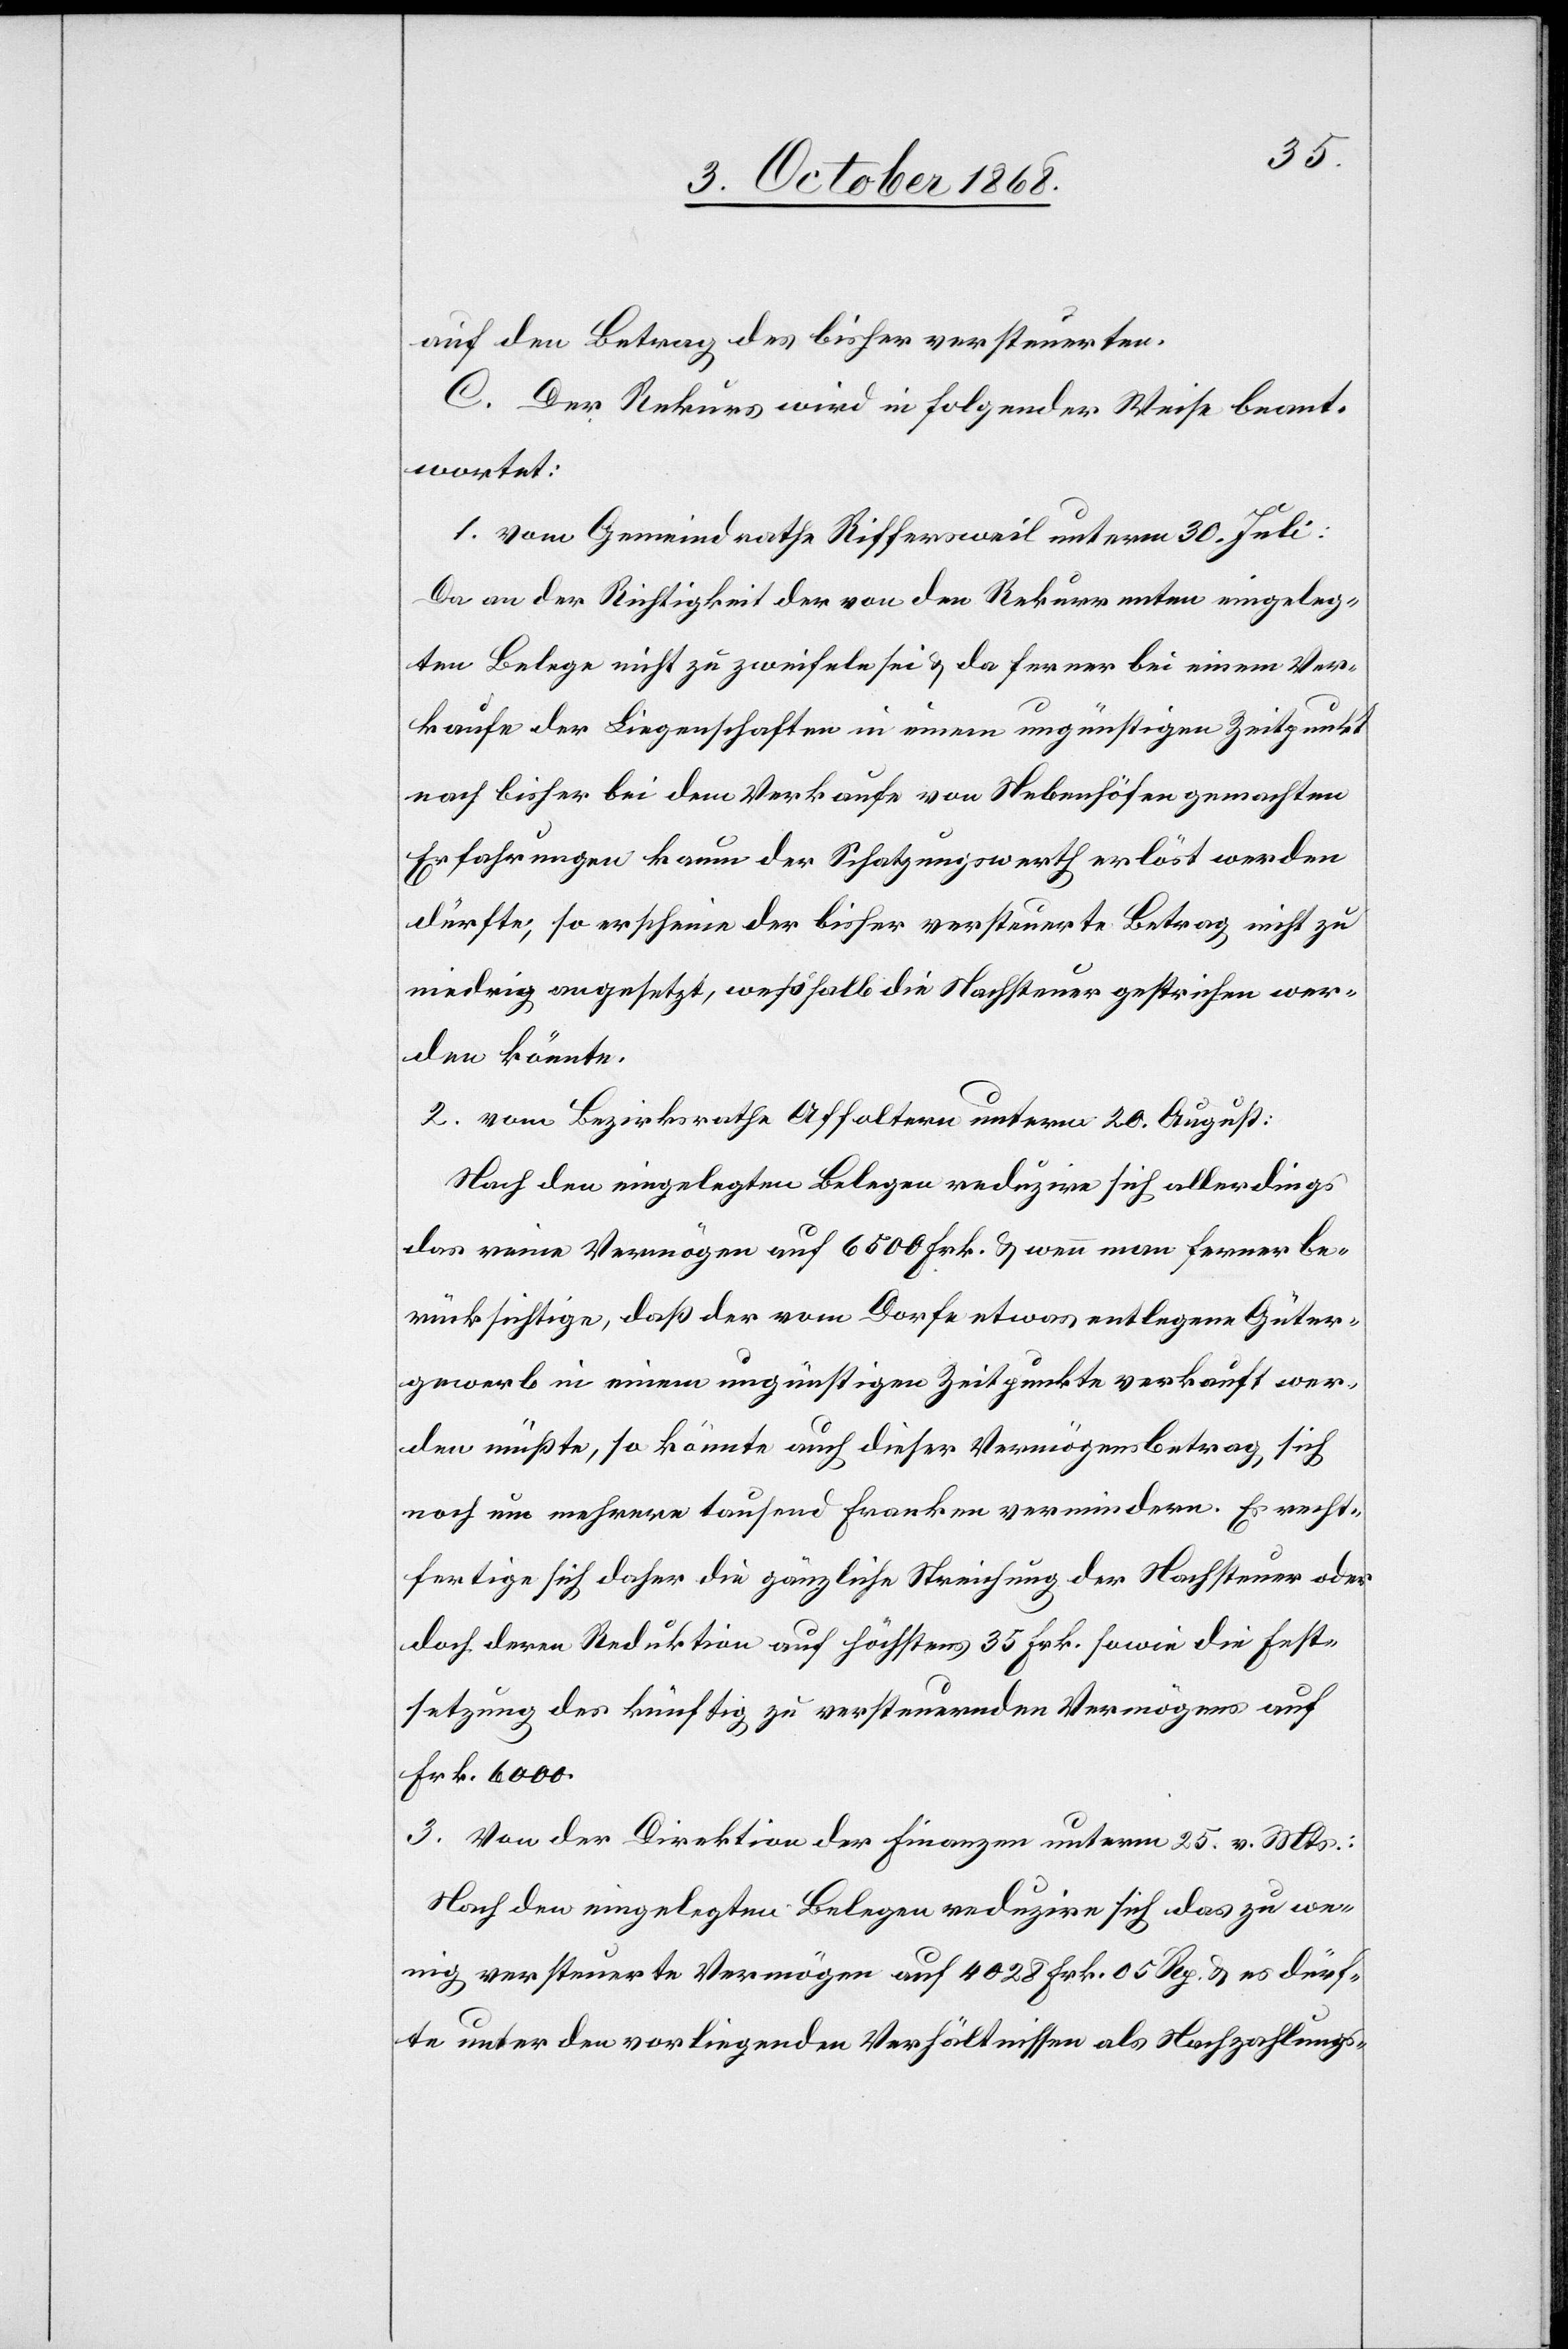
auf den Betrag des bisher versteuerten.
C. Der Rekurs wird in folgender Weise beant¬
wortet:
1. vom Gemeindrathe Riffersweil unterm 30. Juli:
Da an der Richtigkeit der von den Rekurrenten eingeleg¬
ten Belege nicht zu zweifeln sei & da ferner bei einem Ver¬
kaufe der Liegenschaften in einem ungünstigen Zeitpunkt
nach bisher bei dem Verkaufe von Nebenhöfen gemachten
Erfahrungen kaum der Schatzungswerth erlöst werden
dürfte, so erscheine der bisher versteuerte Betrag nicht zu
niedrig angesetzt, weßhalb die Nachsteuer gestrichen wer¬
den könnte.
2. vom Bezirksrathe Affoltern unterm 20. August:
Nach den eingelegten Belegen reduzire sich allerdings
das reine Vermögen auf 6500 Frk. & wenn man ferner be¬
rücksichtige, daß der vom Dorfe etwas entlegene Güter¬
gewerb in einem ungünstigen Zeitpunkte verkauft wer¬
den müßte, so könnte auch dieser Vermögensbetrag sich
noch um mehrere tausend Franken vermindern. Es recht¬
fertige sich daher die gänzliche Streichung der Nachsteuer oder
doch deren Reduktion auf höchstens 35 Frk. sowie die Fest¬
setzung des künftig zu versteuernden Vermögens auf
Frk. 6000.
3. Von der Direktion der Finanzen unterm 25. v. Mts.:
Nach den eingelegten Belegen reduzire sich das zu we¬
nig versteuerte Vermögen auf 4028 Frk. 05 Rp. & es dürf¬
te unter den vorliegenden Verhältnissen als Nachzahlungs-